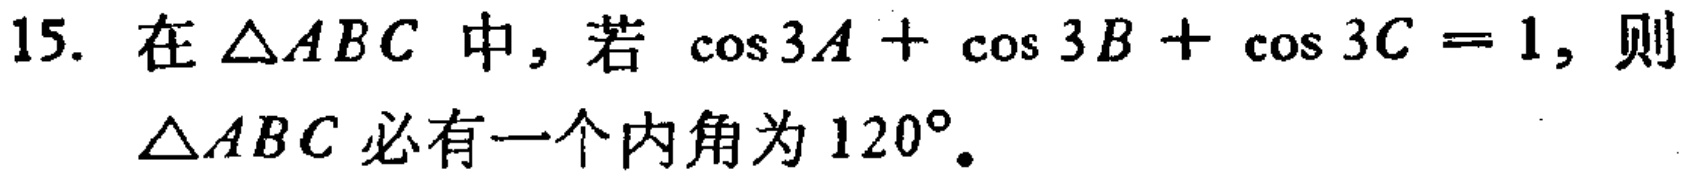
15. 在$\triangle ABC$ 中，若 $\cos 3A + \cos 3B + \cos 3C = 1$，则$\triangle ABC$ 必有一个内角为 $120^{\circ}$。